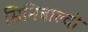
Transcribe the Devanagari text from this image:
सिनिबाल्दो